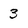
Character: 3